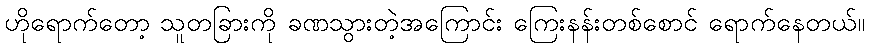
ဟိုရောက်တော့ သူတခြားကို ခဏသွားတဲ့အကြောင်း ကြေးနန်းတစ်စောင် ရောက်နေတယ်။